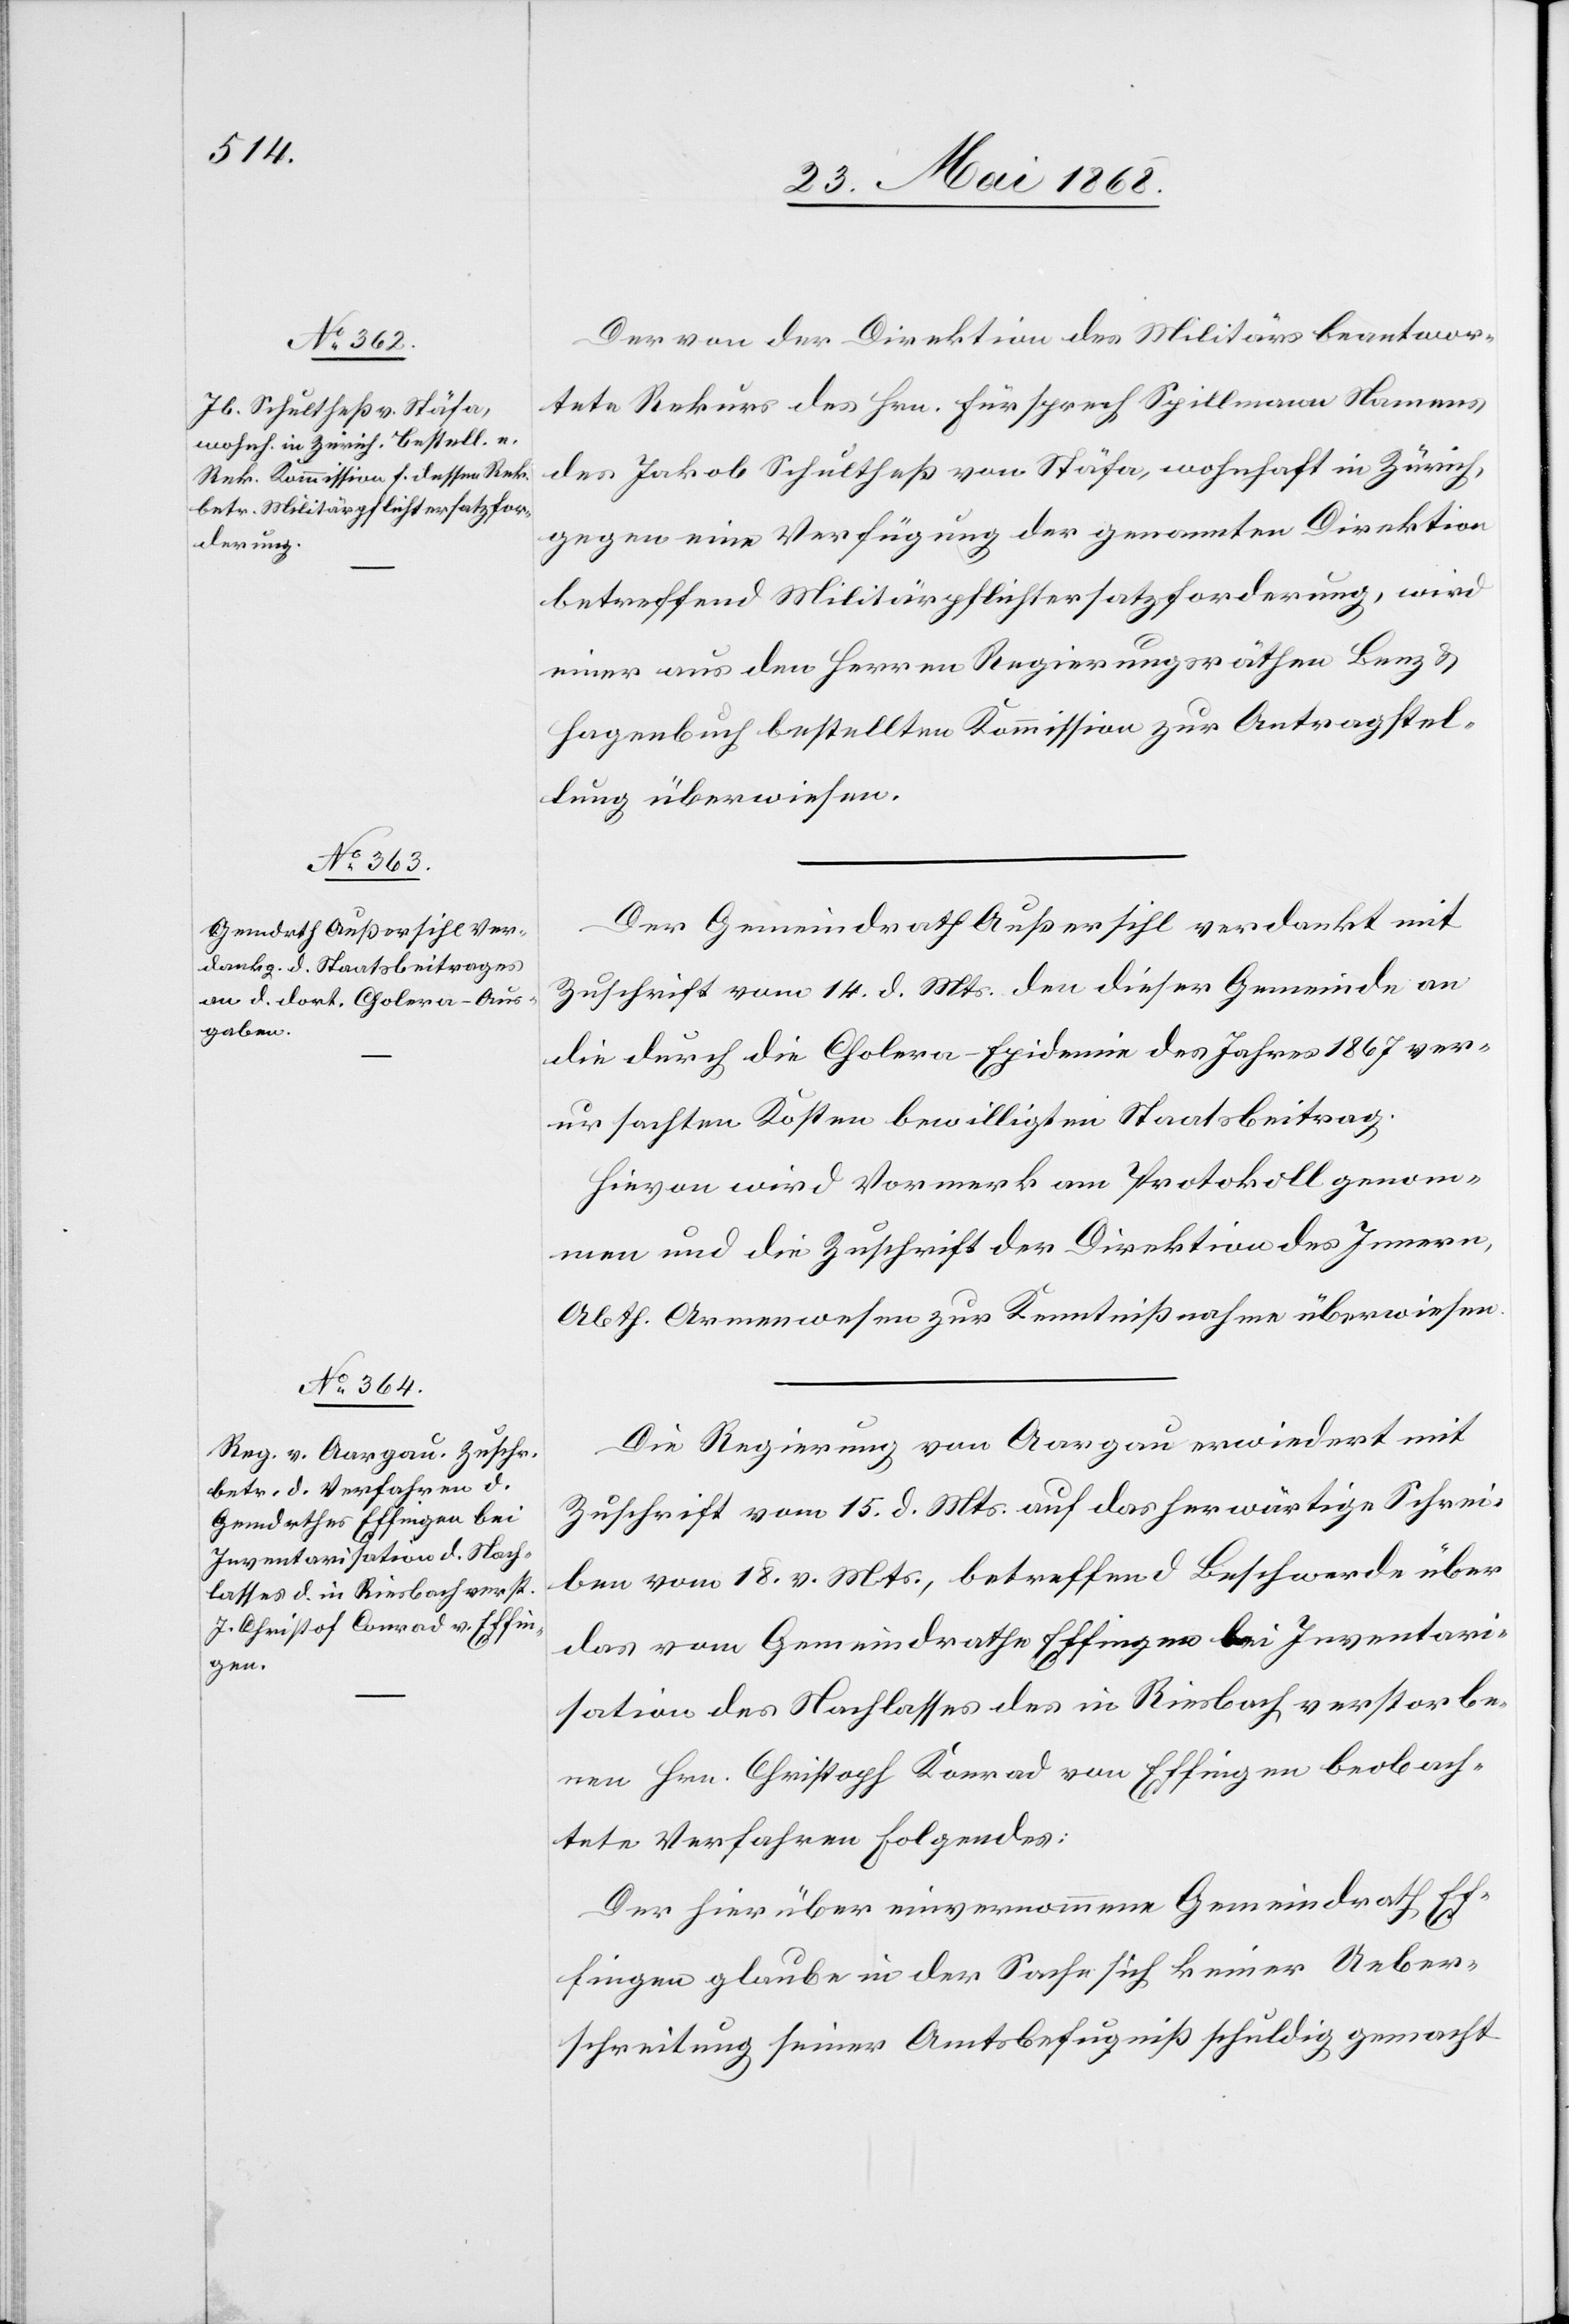
Der von der Direktion des Militärs beantwor¬
tete Rekurs des Hrn. Fürsprech Spillmann Namens
des Jakob Schultheß von Stäfa, wohnhaft in Zürich,
gegen eine Verfügung der genannten Direktion
betreffend Militärpflichtersatzforderung, wird
einer aus den Herren Regierungsräthen Benz &
Hagenbuch bestellten Kommission zur Antragstel¬
lung überwiesen.
Der Gemeindrath Außersihl verdankt mit
Zuschrift vom 14. d. Mts. den dieser Gemeinde an
die durch die Cholera-Epidemie des Jahres 1867 ver¬
ursachten Kosten bewilligten Staatsbeitrag.
Hievon wird Vormerk am Protokoll genom¬
men und die Zuschrift der Direktion des Innern,
Abth. Armenwesen zur Kenntnißnahme überwiesen.
Die Regierung von Aargau erwiedert mit
Zuschrift vom 15. d. Mts. auf das herwärtige Schrei¬
ben vom 18. v. Mts., betreffend Beschwerde über
das vom Gemeindrathe Effingen bei Inventari¬
sation des Nachlasses des in Riesbach verstorbe¬
nen Hrn. Christoph Konrad von Effingen beobach¬
tete Verfahren Folgendes:
Der hierüber einvernommene Gemeindrath Ef¬
fingen glaube in der Sache sich keiner Ueber¬
schreitung seiner Amtsbefugniß schuldig gemacht